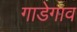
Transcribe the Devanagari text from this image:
गाडेगाव